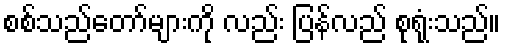
စစ်သည်တော်များကို လည်း ပြန်လည် စုရုံးသည်။